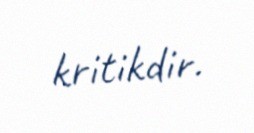
kritikdir.